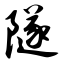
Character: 隧